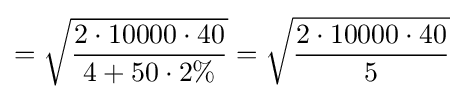
={\sqrt {\frac {2\cdot 10000\cdot 40}{4+50\cdot 2\%}}}={\sqrt {\frac {2\cdot 10000\cdot 40}{5}}}